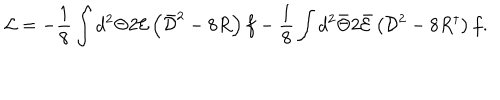
LaTeX: { \mathcal { L } } = - \frac { 1 } { 8 } \int { d ^ { 2 } \Theta 2 { \mathcal { E } } \left( \bar { \mathcal { D } } ^ { 2 } - 8 R \right) f } - \frac { 1 } { 8 } \int { d ^ { 2 } \bar { \Theta } 2 \bar { \mathcal { E } } \left( { \mathcal { D } } ^ { 2 } - 8 R ^ { \dagger } \right) f } .